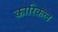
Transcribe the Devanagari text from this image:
कारिकल